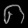
Digit: ၈